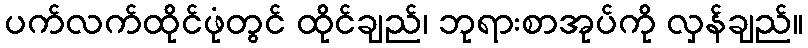
ပက်လက်ထိုင်ဖုံတွင် ထိုင်ချည်၊ ဘုရားစာအုပ်ကို လှန်ချည်။